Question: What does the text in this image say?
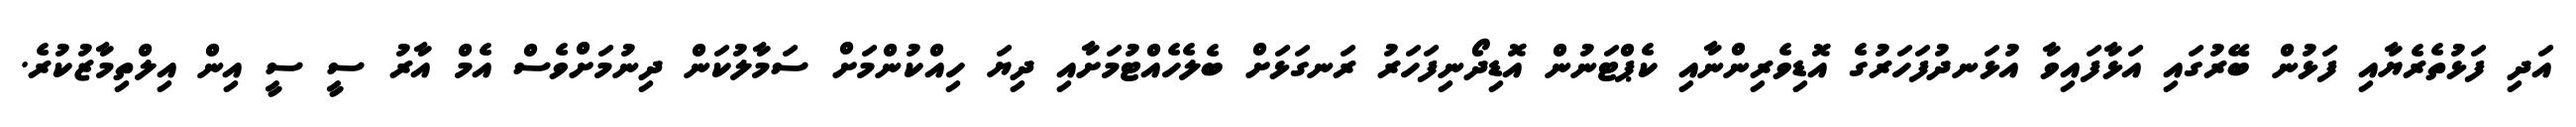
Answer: އަދި ފަޅުތެރެޔާއި ފަޅުން ބޭރުގައި އަޅާފައިވާ އުޅަނދުފަހަރުގެ އޮޑިވެރިންނާއި ކެޕްޓަނުން އޮޑިދޯނިފަހަރު ރަނގަޅަށް ބެލެހެއްޓުމަށާއި ދިޔަ ހިއްކުންމަށް ސަމާލުކަން ދިނުމަށްވެސް އެމް އާރު ސީ ސީ އިން އިލްތިމާޒުކުރެ.